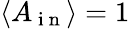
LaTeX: \langle A_{\mathrm{~i~n~}}\rangle=1